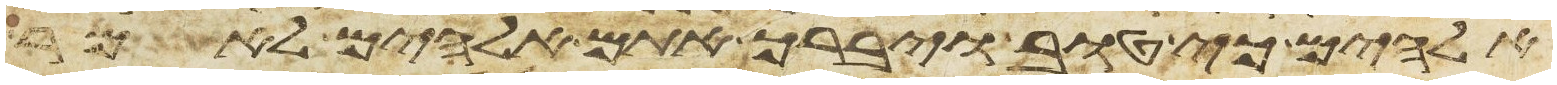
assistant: אלהים כי טוב ויברך אתם אלהים לאמר